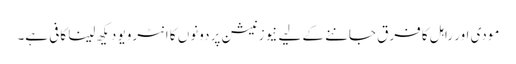
مودی اور راہل کا فرق جاننے کے لیے نیوز نیشن پر دونوں کا انٹرویو دیکھ لینا کافی ہے۔